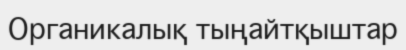
Органикалық тыңайтқыштар